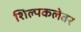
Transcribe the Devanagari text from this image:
शिल्पकलेवर